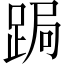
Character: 跼